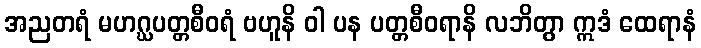
အညတရံ မဟဂ္ဃပတ္တစီဝရံ ဗဟူနိ ဝါ ပန ပတ္တစီဝရာနိ လဘိတွာ ဣဒံ ထေရာနံ